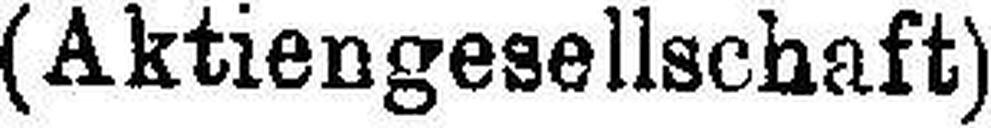
(Aktiengesellschaft)